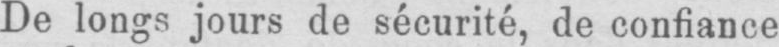
De longs jours de sécurité, de confiance